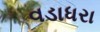
વડાધરા